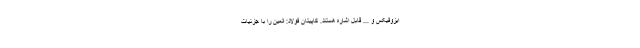
ایزوفیکس و ... قابل اشاره هستند. کاپیتان فولاد: العین را با جزئیات